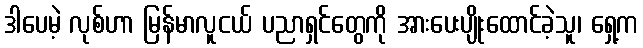
ဒါပေမဲ့ လုစ်ဟာ မြန်မာလူငယ် ပညာရှင်တွေကို အားပေးပျိုးထောင်ခဲ့သူ၊ ရှေ့က